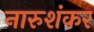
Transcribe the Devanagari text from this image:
नारुशंकर